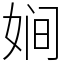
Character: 㛠